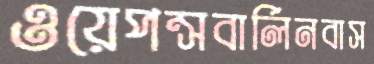
ওয়েপন্সবার্লিনবাস